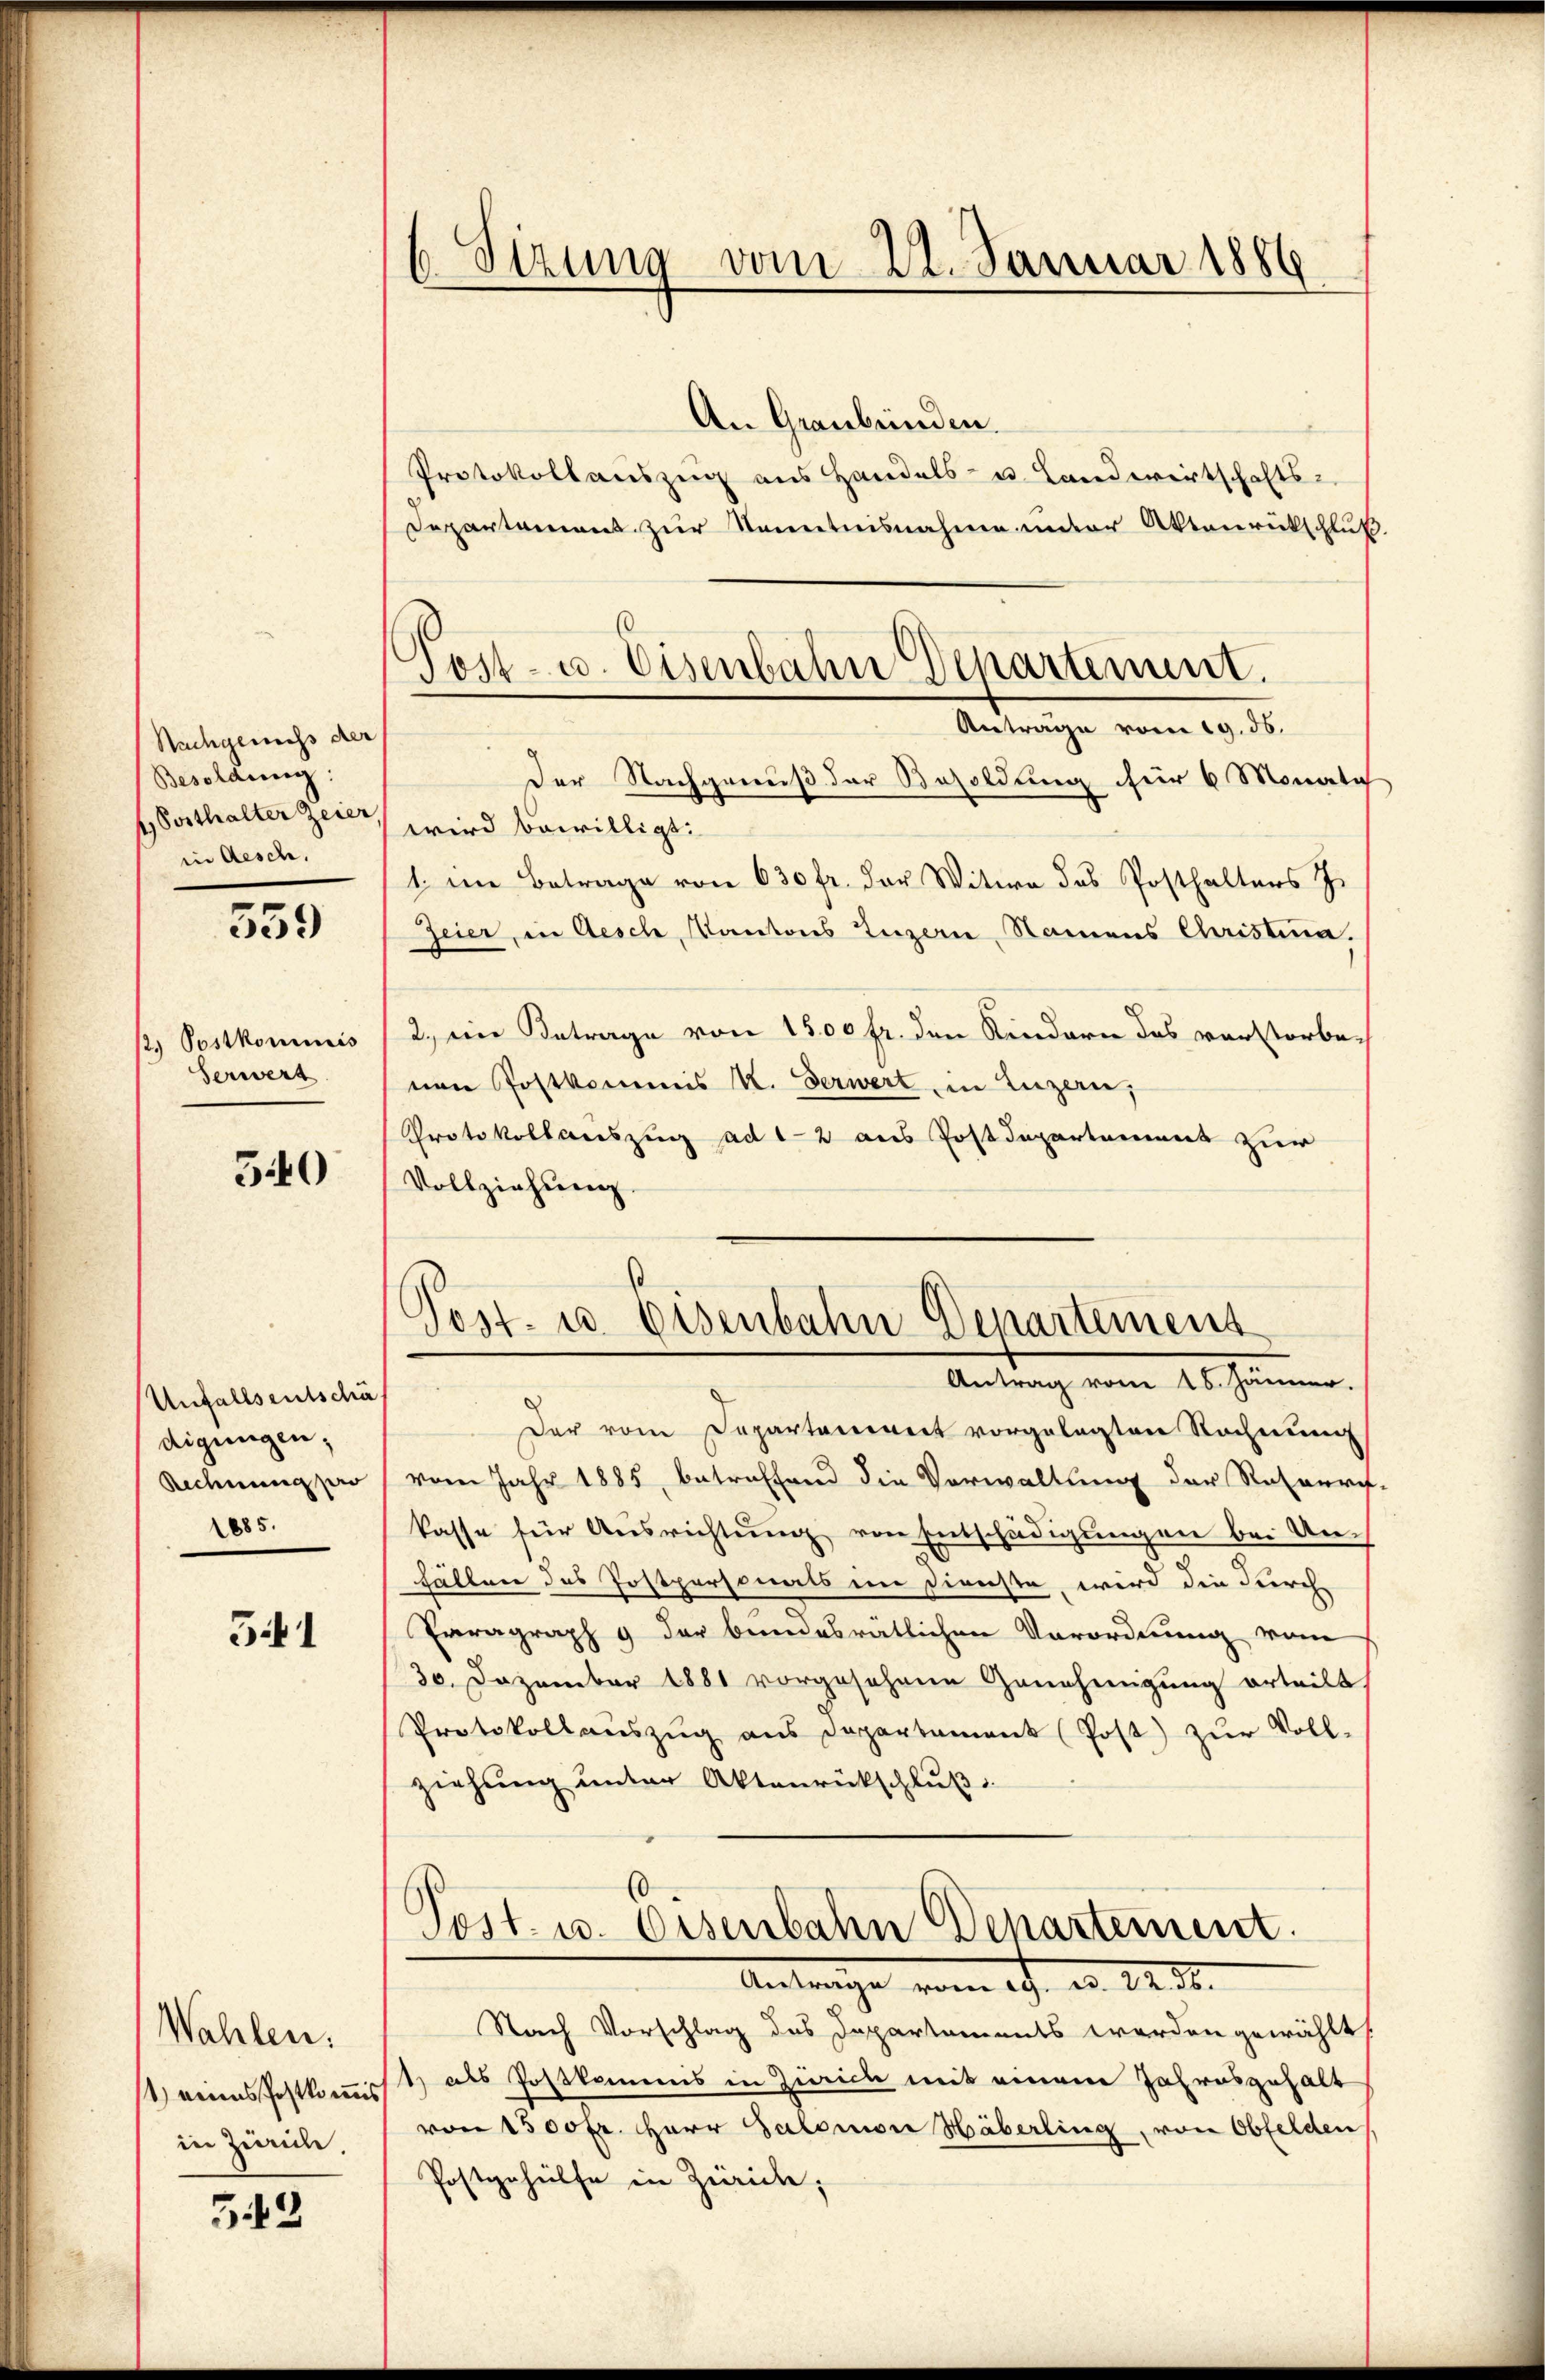
Nachgenechs der
Besoldung:
4) Vorthalter Zeier
in Aesch.

559

p. Postkommnis
serwert

340

Unfallseitschä
digungen;
Rechnung pro
1885.

541

Wahlen.
) eines Postkommis
in Zürich.

549

6 Sizung vom 21. Januar 1886

.
Post- u. Eisenbahn Departement.

An Graubünden.
Protokollauszug aus Handels- u. Landwirtschafts-
Departament zur Kenntnisnahme unter Aktenrückschluß
Antrage vom 19. 35.
Der Nachgenuß der Besoldung für 6 Monata
wird bewilligt:
1. im Betrage von 630 fr. der Witwe des Posthalters J.
Zeier, in Aesch, Kantons Luzern, Namens Christina.
2., ein Antrage von 1500 fr. den Kindern das verstorbe-
nen Postkommis K. Verwert in Luzern,
Protokollauszug ad 12 aus Postdepartement zur
Vollziehung.
s
Post- u. Eisenbahn Departement
Antrag vom 25. Jänner.
Der vom Departeniret vorgelegten Rechnung
vom Jahr 1885, betreffend die Vorwaltung der Retouri
kasse für Aŭsrichtŭng von Entschädigungen bei Unfällen des Postpersonals im Dienste, wird die durch
Paragraph 9 der bundesratlichen Verordnung vom
30. Dezember 1881 vorgesehene Genehmigung erteilt
Protokollaŭszŭg ans Departament (Post) zŭr Voll-
ziehung unter Aktenrückschluß
Post- u. Eisenbahn Departement.
Antrage vom 19. d. 12 t.
Nach Vorschlag des Departements werden gewählt
1 als Postkommis in Zürich mit einem Jahresgehalt
von 1500fr. Herr Salomon Häberling, von Obfelden
Postgehülfe in Zürich,